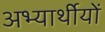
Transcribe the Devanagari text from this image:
अभ्यार्थीयों